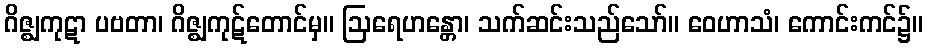
ဂိဇ္ဈကုဋာ ပဗတာ၊ ဂိဇ္ဈကုဋ်တောင်မှ။ ဩရေဟန္တော၊ သက်ဆင်းသည်သော်။ ဝေဟာသံ၊ ကောင်းကင်၌။